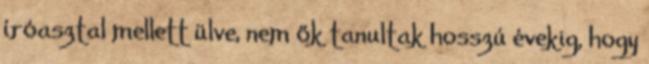
íróasztal mellett ülve, nem ők tanultak hosszú évekig, hogy